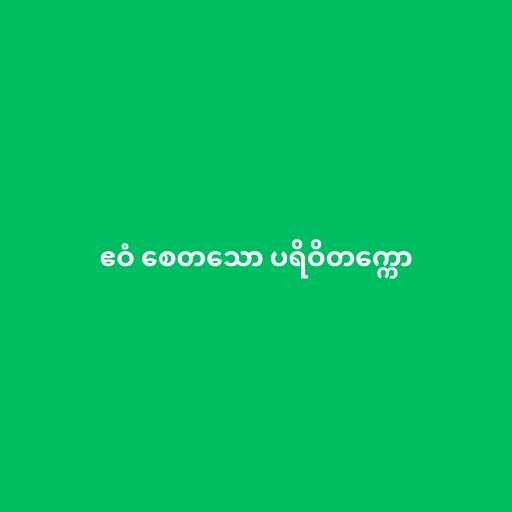
ဧဝံ စေတသော ပရိဝိတက္ကော